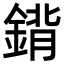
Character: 𨩈